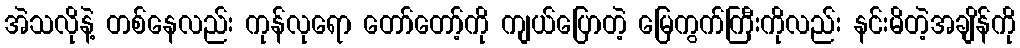
အဲသလိုနဲ့ တစ်နေလည်း ကုန်လုရော တော်တော့်ကို ကျယ်ပြောတဲ့ မြေကွက်ကြီးကိုလည်း နင်းမိတဲ့အချိန်ကို